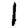
Digit: 1